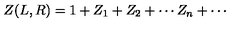
Z ( L , R ) = 1 + Z _ { 1 } + Z _ { 2 } + \cdots Z _ { n } + \cdots